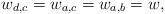
LaTeX: \begin{align*}w_{d, c} =w_{a, c} = w_{a, b} = w,\end{align*}